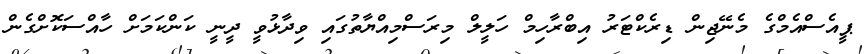
ޕީއެސްއެމްގެ މެނޭޖިން ޑިރެކްޓަރު އިބްރާހިމް ހަލީލް މިރަސްމިއްޔާތުގައި ވިދާޅުވީ ދީނީ ކަންކަމަށް ހާއްސަކޮށްގެން